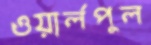
ওয়ার্লপুল